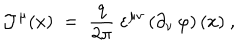
LaTeX: { \mathcal J } ^ { \mu } ( x ) \; = \; \frac { q } { 2 \pi } ~ \varepsilon ^ { \mu \nu } \left( \partial _ { \nu } \, \varphi \right) ( x ) ~ ,